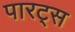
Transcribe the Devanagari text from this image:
पारट्स